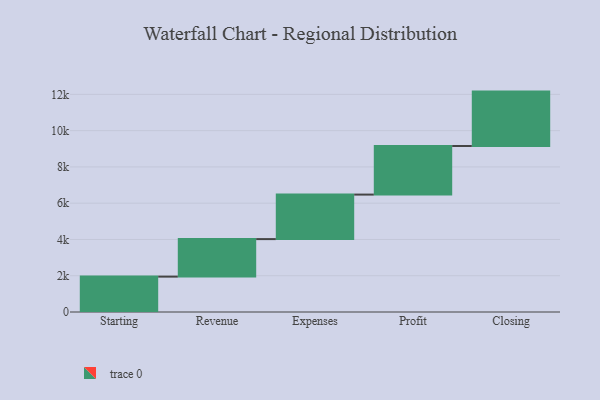
{"axis": {"x": "Step", "y": "Value"}, "legend": [""], "data": [{"x": "Starting", "y": 1951.0, "type": ""}, {"x": "Revenue", "y": 2069.0, "type": ""}, {"x": "Expenses", "y": 2454.0, "type": ""}, {"x": "Profit", "y": 2679.0, "type": ""}, {"x": "Closing", "y": 3000, "type": ""}]}